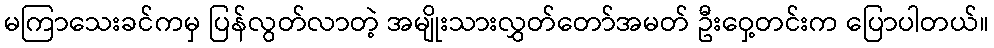
မကြာသေးခင်ကမှ ပြန်လွတ်လာတဲ့ အမျိုးသားလွှတ်တော်အမတ် ဦးဝှေ့တင်းက ပြောပါတယ်။